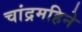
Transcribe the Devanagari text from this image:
चांद्रमहिने